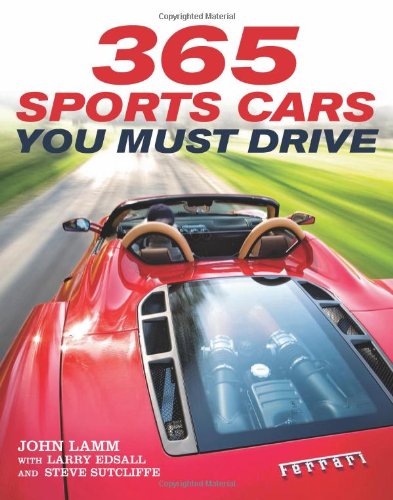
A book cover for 365 Sports Cars You Must Drive; John Lamm; Engineering & Transportation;